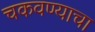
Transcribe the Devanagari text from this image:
चकवण्याचा